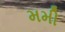
મમી